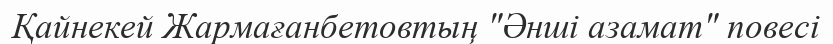
Қайнекей Жармағанбетовтың "Әнші азамат" повесі